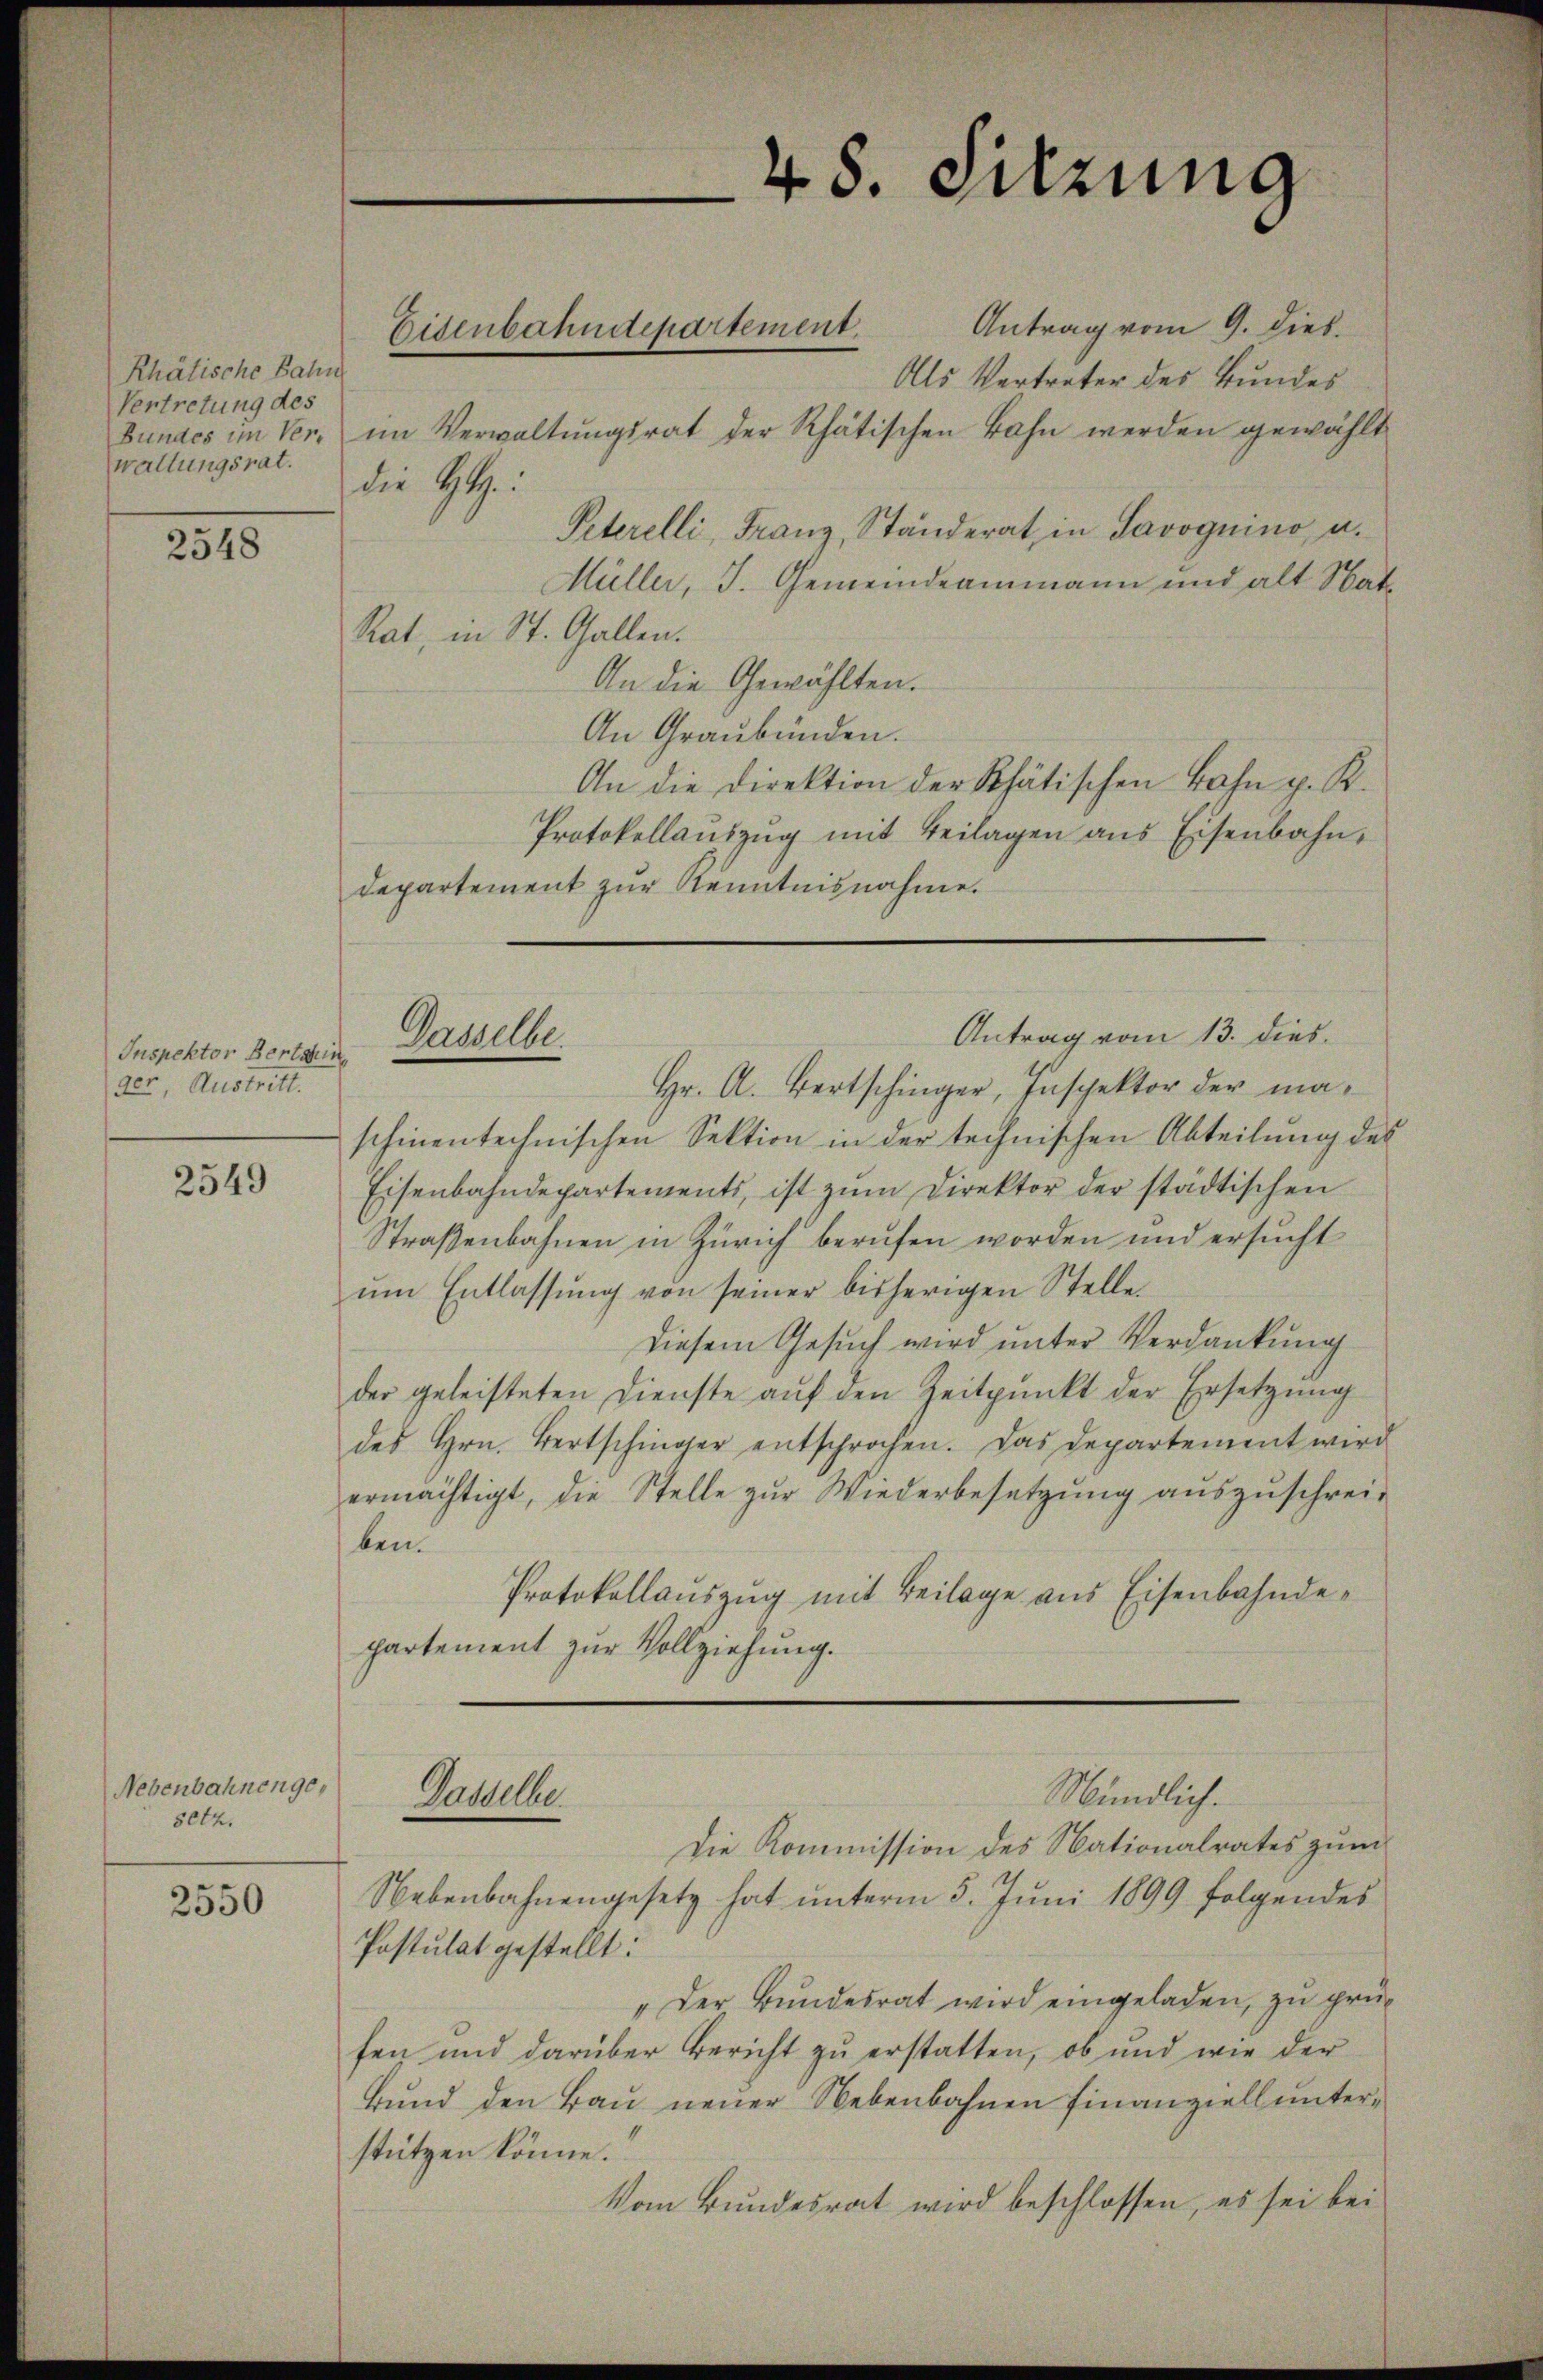
Rhätische Bahn
Vertretung des
wallungsrat.

2548

Inspektor Bertain
der, Austritt.

2549

Nebenbahnen gesetz.

2550

Antrag vom 9. dies.
Als Vertreter des Bundes
Bundes im Ver- im Verwaltungsrat der Rhätischen Bahn werden gewählt
Peterelli, Franz, Ständerat in Savoguino u.
Müller, J. Gemeindeammann und alt Stat¬
Rat, in St. Gallen.
An die Gewählten.
An Graubünden.
An die Direktion der Rhätischen Bahn p. K.
Protokollaŭszŭg mit Beilagen ans Eisenbahn,
departement zur Kenntnisnahme.

Eisenbahndepartement.

die H:

Hr. A. Bertschinger, Inspektor der maschinentechnischen Sektion in der technischen Abteilung des
Eisenbahndepartements, ist zum Direktor der städtischen
Straßenbahnen in Zürich berufen worden und ersucht
um Entlassung von seiner bisherigen Stelle
Diesem Gesuch wird unter Verdankung
der geleisteten Dienste aŭf den Zeitpunkt der Ersetzung
des Hrn. Bertschinger entsprochen. Das Departement wird
ermächtigt, die Stelle zŭr Wiederbesetzung aŭszŭschrei-
ben.
Protokollauszug mit Beilage aus Eisenbahndepartement zur Vollziehung.

Gasselbe.

Ganelle

48. Sitzung

Antrag vom 13. dies

Mündlich.

Die Kommission des Nationalrates zum
Nebenbahnengesetz hat unterm 5. Juni 1899 folgendes
Postulat gestellt:
"Der Bundesrat wird eingeladen, zu prüfen und darüber Bericht zu erstatten, ob und wie der
Bund den Bau neuer Nebenbahnen finanziell unterstützen könne.
Vom Bundesrat wird beschlossen, es sei bei